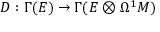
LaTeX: D : \Gamma ( E ) \rightarrow \Gamma ( E \otimes \Omega ^ { 1 } M )